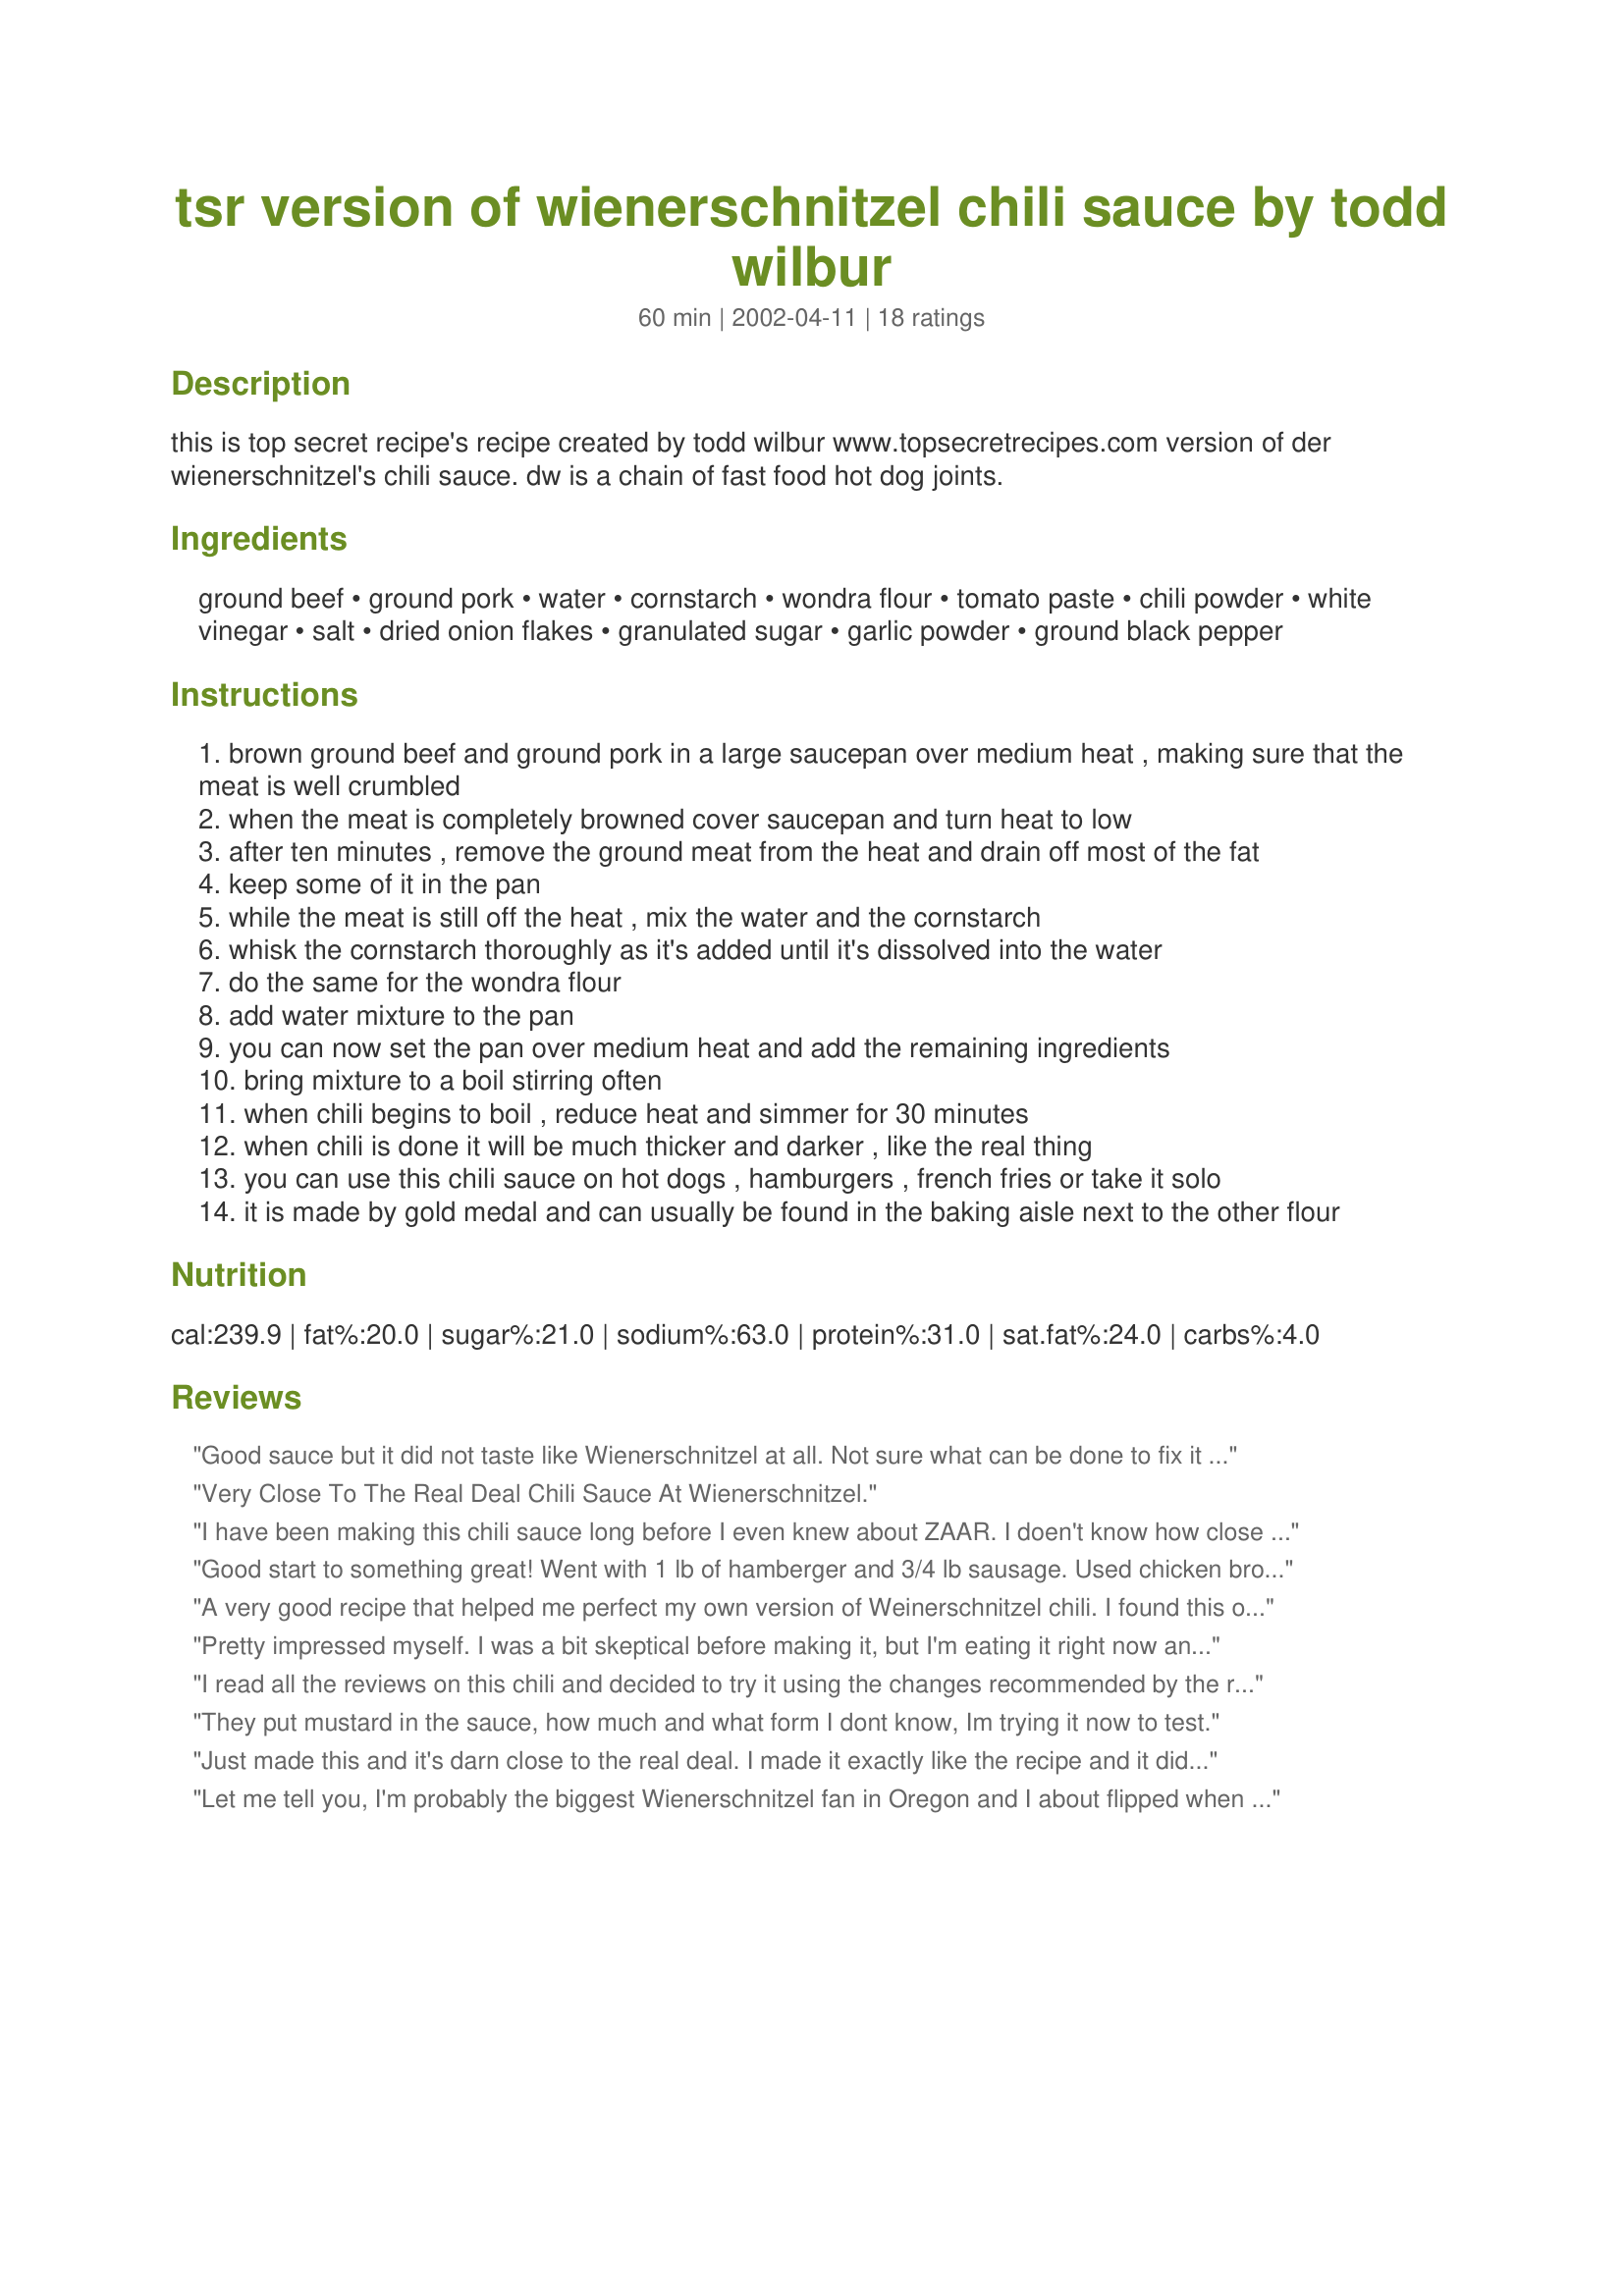
tsr version of wienerschnitzel chili sauce by todd wilbur
Preparation time: 60 minutes

this is top secret recipe's recipe
created by todd wilbur www.topsecretrecipes.com
version of der wienerschnitzel's chili sauce. dw is a chain of fast food hot dog joints.

Ingredients:
ground beef, ground pork, water, cornstarch, wondra flour, tomato paste, chili powder, white vinegar, salt, dried onion flakes, granulated sugar, garlic powder, ground black pepper

Steps:
brown ground beef and ground pork in a large saucepan over medium heat , making sure that the meat is well crumbled
when the meat is completely browned cover saucepan and turn heat to low
after ten minutes , remove the ground meat from the heat and drain off most of the fat
keep some of it in the pan
while the meat is still off the heat , mix the water and the cornstarch
whisk the cornstarch thoroughly as it's added until it's dissolved into the water
do the same for the wondra flour
add water mixture to the pan
you can now set the pan over medium heat and add the remaining ingredients
bring mixture to a boil stirring often
when chili begins to boil , reduce heat and simmer for 30 minutes
when chili is done it will be much thicker and darker , like the real thing
you can use this chili sauce on hot dogs , hamburgers , french fries or take it solo
it is made by gold medal and can usually be found in the baking aisle next to the other flour

Reviews:
Good sauce but it did not taste like Wienerschnitzel at all. Not sure what can be done to fix it but I hope I figure it out because I really miss having it since I left Sacramento.
Very Close To The Real Deal Chili Sauce At Wienerschnitzel.
I have been making this chili sauce long before I even knew about ZAAR. I doen't know how close it is to the original recipe they were trying to clone....but to be honest....myself and the friends I have given this recipe to (at their request) doen't really care! It is just one great chili sauce and especially so the next day after it was made...!!! This definitely deserves a high rating.
Good start to something great! Went with 1 lb of hamberger and 3/4 lb sausage. Used chicken broth since I didn't have beef. Mustard instead of vinegar. Next time I'll brown the meat and add to broth then cut down the liquid, starch and flour about half. Not a bad beginning!!!!!!
A very good recipe that helped me perfect my own version of Weinerschnitzel chili. I found this one a little acidic and vinegary, due to the amount of tomato paste and vinegar. I submitted my own version of this recipe to the site, so check it out. Thank you Mysterygirl for putting me in the right direction.
Pretty impressed myself. I was a bit skeptical before making it, but I'm eating it right now and it's pretty close. It's not quite exact, but it's close enough that it's definately worth making. I agree w/ the post above by Cam, in that the 2 tablespoons of salt is golden. The longer you let it simmer, the better as well. Definately a good recipe!
I read all the reviews on this chili and decided to try it using the changes recommended by the reviewers. I add the 1 1/2 tsps of cumin and the pinch (1/4 tsp) of Cayenne. Also increased the salt to 1 1/2 tablespoons. My wife was cooking at the same time and I grabbed the 1/4 cup measure for the chili powder and added it to the dry ingredients and stirred them up only to discover I had used a third of a cup measure. I made the chili anyway and thanks to whoever entered this, I no longer need to worry about getting to DER wienerschnitzel.----PJ
They put mustard in the sauce, how much and what 
form I dont know, Im trying it now to test.
Just made this and it's darn close to the real deal. I made it exactly like the recipe and it did not disappoint. Just one note and that's to cut the salt by half. Other than that yummy
Let me tell you, I'm probably the biggest Wienerschnitzel fan in Oregon and I about flipped when they put one in Portland last year. Anyways, I got this recipe last night and made it today. I was very skeptical about it because I was raised on Wienerschnitzel chili dogs (my favorite food of all times). To my suprise it smelled, looked, and had the cosistancy of the chili (I worked there in high school just for the food). The only thing I found to make it exact is instead of 1 tablespoon salt, use 2. Then, I think it would rivel the Wienerschnitzel CEO. Too bad the rating scale here only goes up to five because, as a clone (or even the original) this is most certainly a big fat 10!!!!
My family enjoyed this with hotdogs and I tossed in a can of chili beans and enjoyed it for lunch.
excellent, had to thin mine slightly. but simply put the best coney sauce yet.
found problems in the cooking time. 30 minutes was not enough time to cook in the dried onion flakes or for the chili powder to cook into the sauce. Suggestion is to add the chili powder into the beef after it is brown and let simmer a minute or two. the oils will help to make the chili power blend better into the sauce. Also I boosted up the beef flavor by adding a teaspoon of "BETTER THAN BOUILLION" paste. I simmered the sauce for an hour and let set overnight to marry the flavors. It is pretty close, but now that I have an idea I will try again. I know that I like the wienerschnitzel chili dogs and when in an area where there is a stand I have a couple for lunch of snack. In our area there is none to stop at. Tomorrow will try the sauce with dogs on my friends and get a real taste test. Robert from the Land Of Enchantment.
Not 100% the same ( i get the sauce here in Denver) but pretty DARN close enough!

I freeze this in smaller portions for chili dog nights or even over fries........

Mmmm 

Thanks
really good chili, but not Wienerschnitzel. I also tried them side by side. Something is missing. It's a real prominent flavor that goes right up the nose when you smell it. But I can't figure out what it is. Wish someone could! 
Also agree that more salt and cumin is better.
Made exactly as written, I can only give this three stars. It really didn't taste much like Wienerschnitzel's chili sauce to me. In particular, it had a very strong vinegary bite to it and not enough of a spice bite. It did improve a bit after being refrigerated overnight, but was still too vinegary and still not "Wienerschnitzel." So today, after sitting in the frig two nights, I pulled it out, put it back on the stove and added 1-1/2 teaspoons of cumin and a pinch of cayenne. NOW we're talking. Still not "exact" but really, really close.
5 stars for ease and taste. I did alter the recipe a bit incorporating everyone's tips: added 1 1/2 tsp cumin, dash of cayenne, onion flakes and chili powder to the browned beef then simmered for a few minutes before continuing. Sub'd 1 T yellow mustard for vinegar and used 4 cups of water instead 6, adjusting the thickeners accordingly. I also tossed in a boullion cube for extra flavor. It came together in less than 30 minutes, was absolutely delicious. Thanks to many for the recipe and all of the suggestions!
We made this and it was so delicous! I made it with turkey breast instead and served it on wheat buns with fat free american cheese and it was still amazing! Yummy recipe!!
